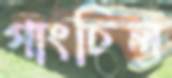
গাংচিল